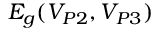
E _ { g } ( V _ { P 2 } , V _ { P 3 } )